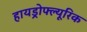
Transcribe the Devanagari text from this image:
हायड्रोफ्ल्यूरिक